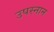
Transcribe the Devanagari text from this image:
उपस्नान